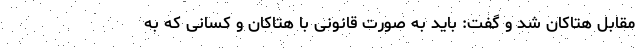
مقابل هتاکان شد و گفت: باید به صورت قانونی با هتاکان و کسانی که به